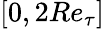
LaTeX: [0,2Re_{\tau}]